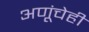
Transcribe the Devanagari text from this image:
अणूंचेही